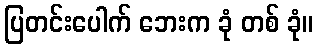
ပြတင်းပေါက် ဘေးက ခုံ တစ် ခုံ။